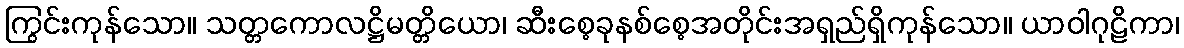
ကြွင်းကုန်သော။ သတ္တကောလဋ္ဌိမတ္တိယော၊ ဆီးစေ့ခုနစ်စေ့အတိုင်းအရှည်ရှိကုန်သော။ ယာဝါဂုဠိကာ၊